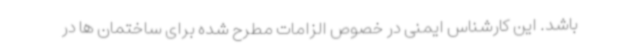
باشد. این کارشناس ایمنی در خصوص الزامات مطرح شده برای ساختمان ها در